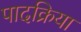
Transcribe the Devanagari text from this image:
पादक्रिया